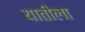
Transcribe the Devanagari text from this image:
यातीला